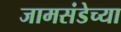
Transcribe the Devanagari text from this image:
जामसंडेच्या